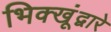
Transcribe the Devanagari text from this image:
भिक्खूंद्वारे